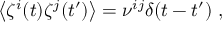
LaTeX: \left\langle \zeta ^ { i } ( t ) \zeta ^ { j } ( t ^ { \prime } ) \right\rangle = \nu ^ { i j } \delta ( t - t ^ { \prime } ) \ ,